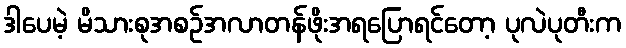
ဒါပေမဲ့ မိသားစုအစဉ်အလာတန်ဖိုးအရပြောရင်တော့ ပုလဲပုတီးက